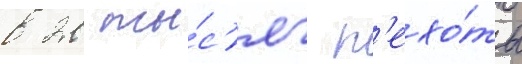
в 20 ты́с'яч п'ехо́ты